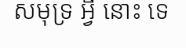
សមុទ្រ អ្វី នោះ ទេ